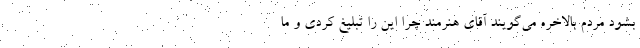
بشود مردم بالاخره می‌گویند آقای هنرمند چرا این را تبلیغ کردی و ما